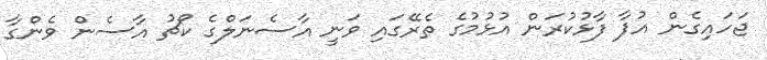
ޖަހައިގެން އުފާ ފާޅުކުރަން އުޅުމުގެ ތެރޭގައި ވަނީ އާސެނަލްގެ ކޯޗު އާސެން ވެންގާ